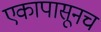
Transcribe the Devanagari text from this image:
एकापासूनच